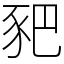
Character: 豝